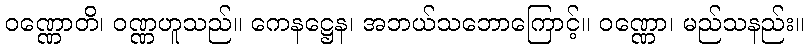
ဝဏ္ဏောတိ၊ ဝဏ္ဏဟူသည်။ ကေနဋ္ဌေန၊ အဘယ်သဘောကြောင့်။ ဝဏ္ဏော၊ မည်သနည်း။